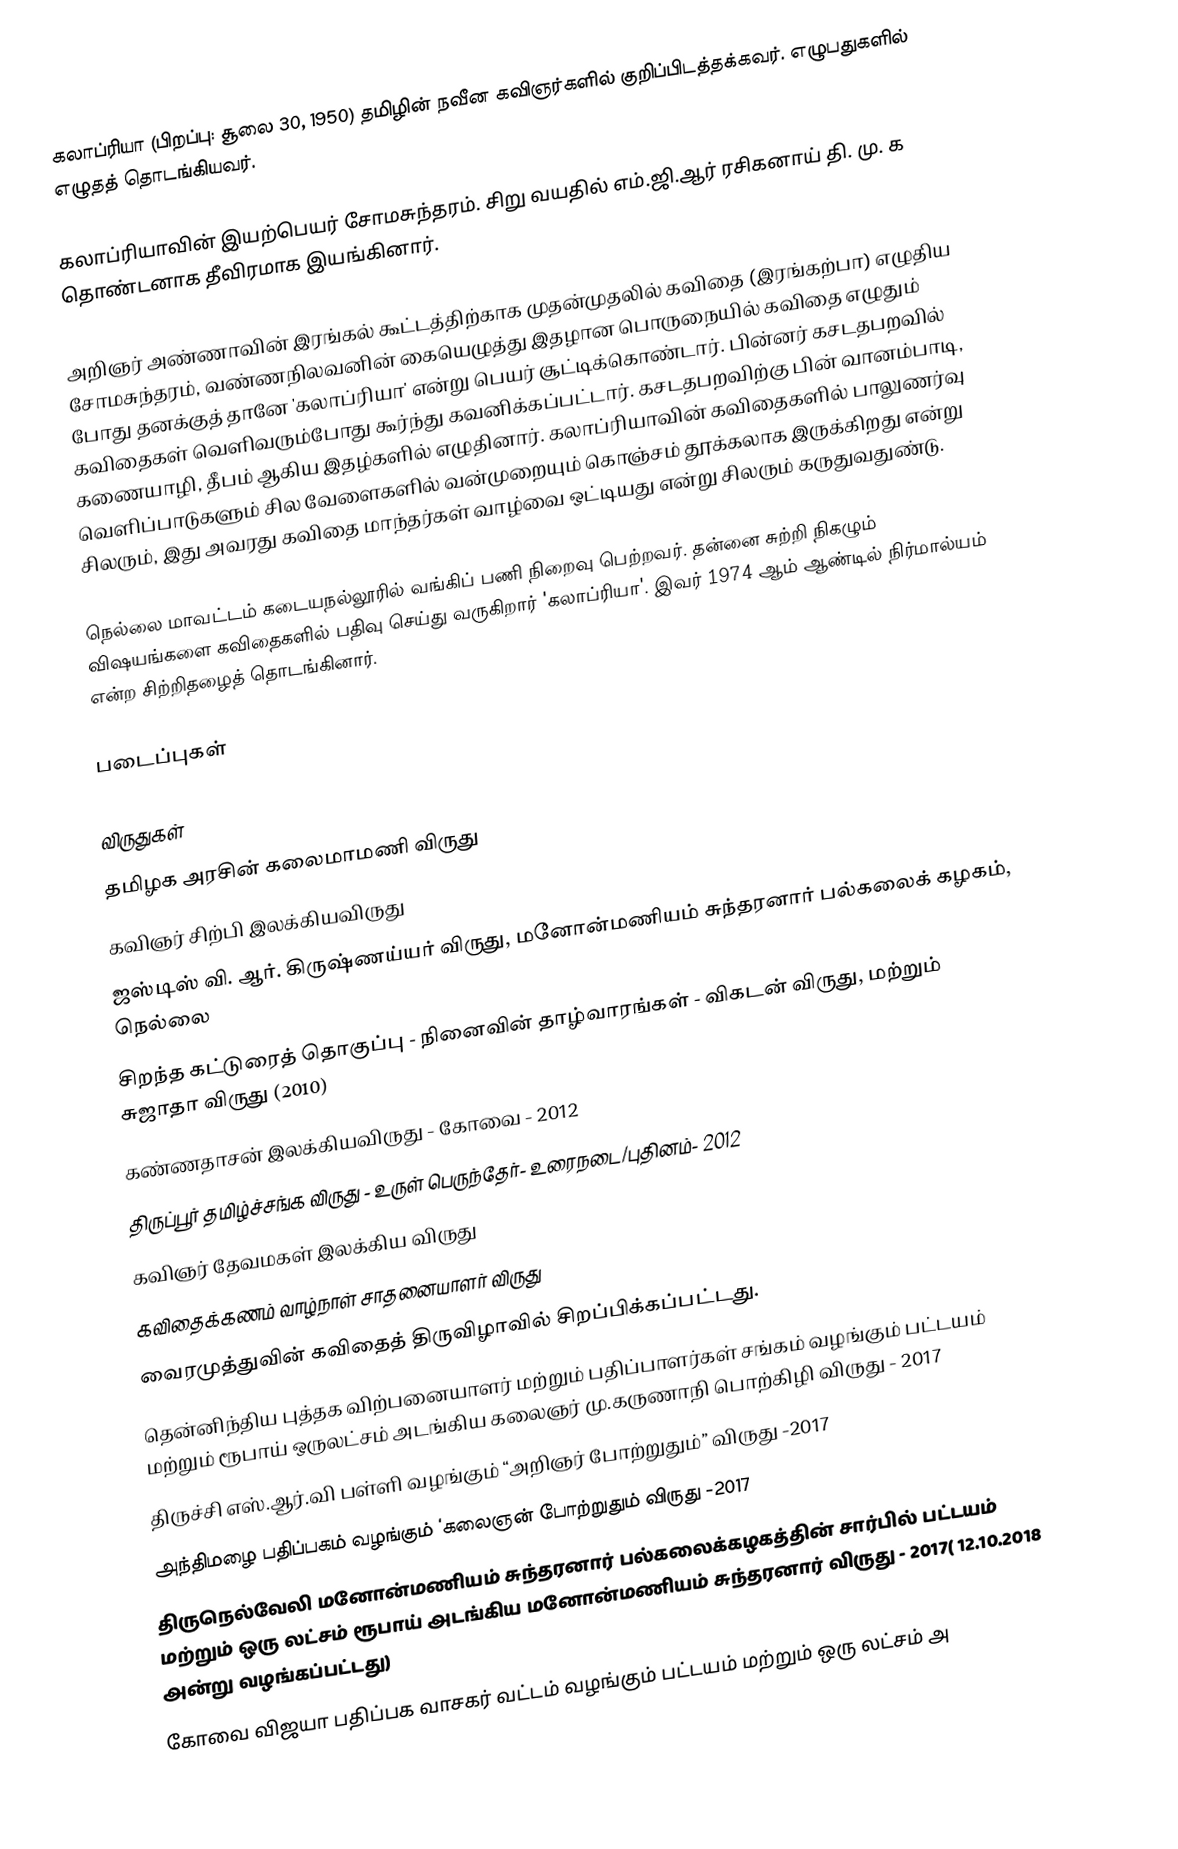
கலாப்ரியா (பிறப்பு: சூலை 30, 1950) தமிழின் நவீன கவிஞர்களில் குறிப்பிடத்தக்கவர். எழுபதுகளில் எழுதத் தொடங்கியவர்.

கலாப்ரியாவின் இயற்பெயர் சோமசுந்தரம். சிறு வயதில்  எம்.ஜி.ஆர் ரசிகனாய் தி. மு. க தொண்டனாக தீவிரமாக இயங்கினார்.

அறிஞர் அண்ணாவின் இரங்கல் கூட்டத்திற்காக முதன்முதலில் கவிதை (இரங்கற்பா) எழுதிய சோமசுந்தரம், வண்ணநிலவனின் கையெழுத்து இதழான பொருநையில் கவிதை எழுதும் போது தனக்குத் தானே 'கலாப்ரியா' என்று பெயர் சூட்டிக்கொண்டார். பின்னர் கசடதபறவில் கவிதைகள் வெளிவரும்போது கூர்ந்து கவனிக்கப்பட்டார். கசடதபறவிற்கு பின் வானம்பாடி, கணையாழி, தீபம் ஆகிய இதழ்களில் எழுதினார். கலாப்ரியாவின் கவிதைகளில் பாலுணர்வு வெளிப்பாடுகளும் சில வேளைகளில் வன்முறையும்  கொஞ்சம் தூக்கலாக இருக்கிறது என்று சிலரும், இது அவரது கவிதை மாந்தர்கள் வாழ்வை ஒட்டியது என்று சிலரும் கருதுவதுண்டு.

நெல்லை மாவட்டம் கடையநல்லூரில் வங்கிப் பணி நிறைவு பெற்றவர்.  தன்னை சுற்றி நிகழும் விஷயங்களை கவிதைகளில் பதிவு செய்து வருகிறார் 'கலாப்ரியா'. இவர் 1974 ஆம் ஆண்டில் நிர்மால்யம் என்ற சிற்றிதழைத்  தொடங்கினார்.

படைப்புகள்

விருதுகள்
 தமிழக அரசின் கலைமாமணி விருது
 கவிஞர் சிற்பி இலக்கியவிருது
 ஜஸ்டிஸ் வி. ஆர். கிருஷ்ணய்யர் விருது, மனோன்மணியம் சுந்தரனார் பல்கலைக் கழகம், நெல்லை
 சிறந்த கட்டுரைத் தொகுப்பு - நினைவின் தாழ்வாரங்கள் - விகடன் விருது, மற்றும் சுஜாதா விருது (2010)
 கண்ணதாசன் இலக்கியவிருது - கோவை - 2012
 திருப்பூர் தமிழ்ச்சங்க விருது - உருள் பெருந்தேர்- உரைநடை/புதினம்- 2012
 கவிஞர் தேவமகள் இலக்கிய விருது
 கவிதைக்கணம் வாழ்நாள் சாதனையாளர் விருது
 வைரமுத்துவின் கவிதைத் திருவிழாவில் சிறப்பிக்கப்பட்டது.
 தென்னிந்திய புத்தக  விற்பனையாளர் மற்றும் பதிப்பாளர்கள் சங்கம் வழங்கும்  பட்டயம் மற்றும் ரூபாய் ஒருலட்சம் அடங்கிய கலைஞர் மு.கருணாநி பொற்கிழி விருது - 2017
திருச்சி எஸ்.ஆர்.வி பள்ளி வழங்கும் “அறிஞர் போற்றுதும்” விருது -2017
அந்திமழை பதிப்பகம் வழங்கும் ‘கலைஞன் போற்றுதும் விருது -2017
திருநெல்வேலி மனோன்மணியம் சுந்தரனார் பல்கலைக்கழகத்தின் சார்பில் பட்டயம் மற்றும் ஒரு லட்சம் ரூபாய் அடங்கிய மனோன்மணியம் சுந்தரனார் விருது - 2017( 12.10.2018 அன்று வழங்கப்பட்டது)
 கோவை விஜயா பதிப்பக வாசகர் வட்டம் வழங்கும்  பட்டயம் மற்றும் ஒரு லட்சம் அ